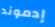
إدموند